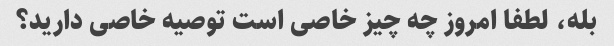
بله، لطفا امروز چه چیز خاصی است توصیه خاصی دارید؟